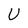
Character: T